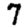
Digit: 7